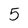
Character: 5